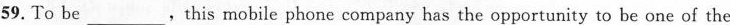
59. To be___，this mobile phone company has the opportunity to be one of the